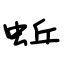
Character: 蚯